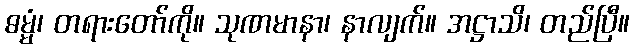
ဓမ္မံ၊ တရားတော်ကို။ သုဏမာနာ၊ နာလျက်။ အဋ္ဌာသိ၊ တည်ပြီ။